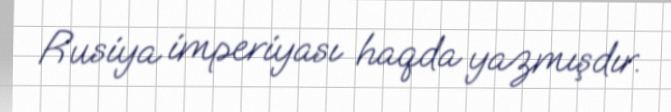
Rusiya imperiyası haqda yazmışdır.